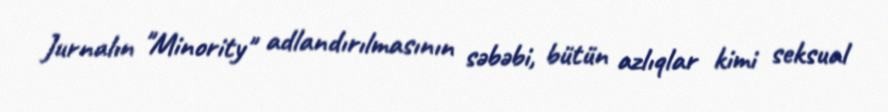
Jurnalın "Minority" adlandırılmasının səbəbi, bütün azlıqlar kimi seksual